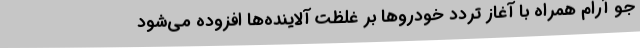
جو آرام همراه با آغاز تردد خودروها بر غلظت آلاینده‌ها افزوده می‌شود